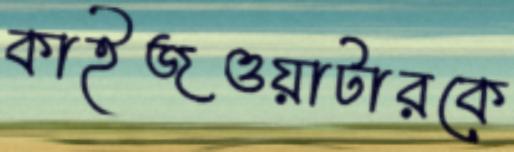
কাইজওয়াটারকে